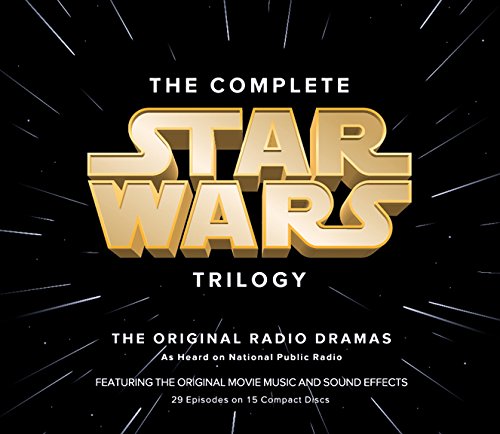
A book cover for Star Wars: The Complete Trilogy; George Lucas; Humor & Entertainment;